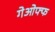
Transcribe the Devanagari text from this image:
गेओफ्फ